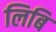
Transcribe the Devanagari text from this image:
लिबि